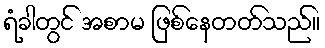
ရံခါတွင် အစာမ ဖြစ်နေတတ်သည်။